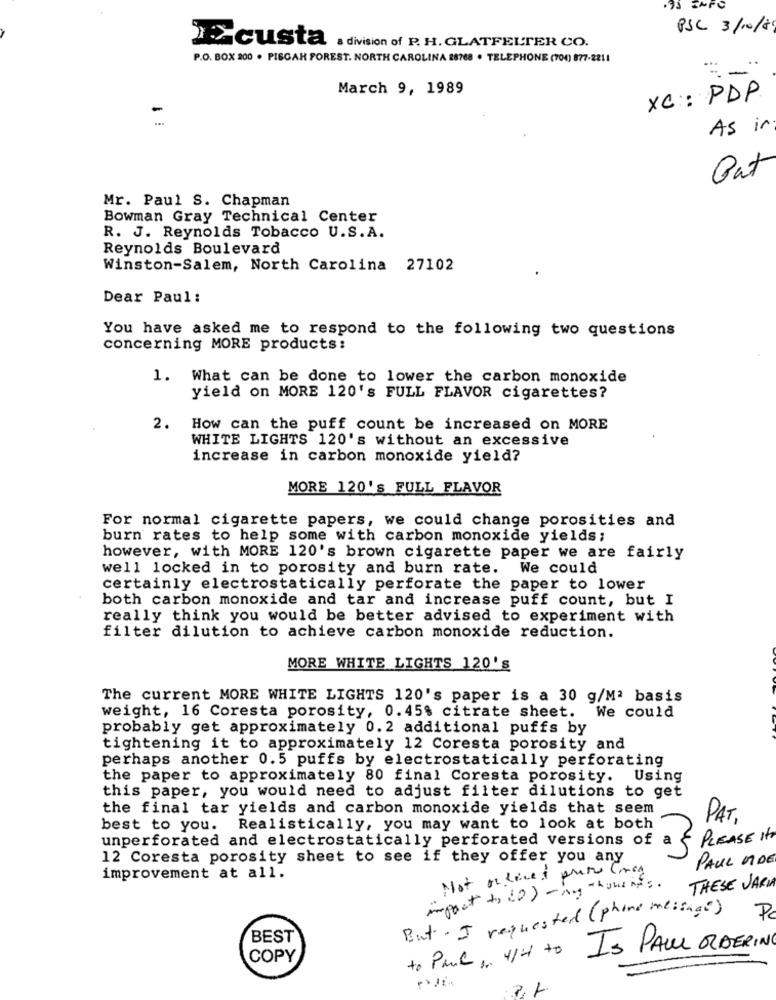
PSC 3/10/8
IZcusta . division of P. H. GLATFELTER CO.
P.O. BOX 200 . PISGAH FOREST. NORTH CAROLINA 28768 · TELEPHONE (704) 877-2211
March 9, 1989
XC :: PDP
As in
But
Mr. Paul S. Chapman
Bowman Gray Technical Center
R. J. Reynolds Tobacco U.S.A.
Reynolds Boulevard
Winston-Salem, North Carolina 27102
Dear Paul:
You have asked me to respond to the following two questions
concerning MORE products:
1. What can be done to lower the carbon monoxide
yield on MORE 120's FULL FLAVOR cigarettes?
2.
How can the puff count be increased on MORE
WHITE LIGHTS 120's without an excessive
increase in carbon monoxide yield?
MORE 120's FULL FLAVOR
For normal cigarette papers, we could change porosities and
burn rates to help some with carbon monoxide yields;
however, with MORE 120's brown cigarette paper we are fairly
well locked in to porosity and burn rate. We could
certainly electrostatically perforate the paper to lower
both carbon monoxide and tar and increase puff count, but I
really think you would be better advised to experiment with
filter dilution to achieve carbon monoxide reduction.
MORE WHITE LIGHTS 120's
The current MORE WHITE LIGHTS 120's paper is a 30 g/Mª basis
We could
weight, 16 Coresta porosity, 0.45% citrate sheet.
probably get approximately 0.2 additional puffs by
tightening it to approximately 12 Coresta porosity and
perhaps another 0.5 puffs by electrostatically perforating
the paper to approximately 80 final Coresta porosity. Using
this paper, you would need to adjust filter dilutions to get
the final tar yields and carbon monoxide yields that seem
PAT,
best to you. Realistically, you may want to look at both
unperforated and electrostatically perforated versions of
& PLEASE It
12 Coresta porosity sheet to see if they offer you any
PAUL MIDE
improvement at all.
impact to 20) - my thonings .
THESE JARIA
But - I requested (phone message)
Pc
BEST
to PANCon 4/1 to IS PAUL ORDERING
COPY